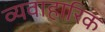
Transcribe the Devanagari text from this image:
व्यवाहारिक